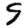
Digit: 9